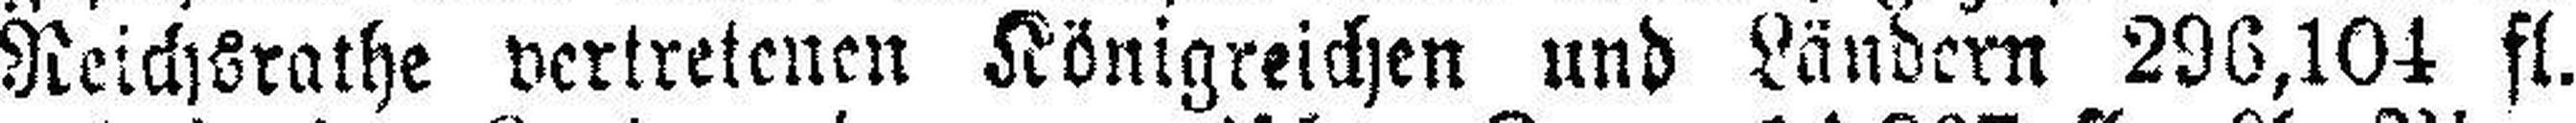
Reichsrathe vertretenen Königreichen und Ländern 296,104 fl.